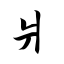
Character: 爿